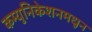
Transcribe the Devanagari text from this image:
कम्युनिकेशनमधून